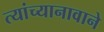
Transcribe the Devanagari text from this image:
त्यांच्यानावाने